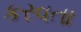
કરવતા